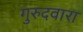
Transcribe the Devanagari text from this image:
गुरुदवारा